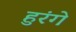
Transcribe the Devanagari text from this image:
हुरंगे